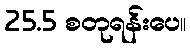
25.5 စတုရန်းပေ။